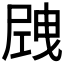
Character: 𡲝